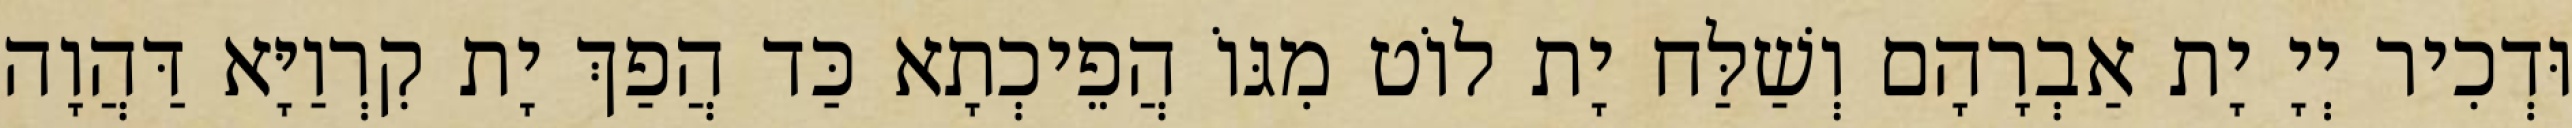
וּדְכִיר יְיָ יָת אַבְרָהָם וְשַׁלַּח יָת לוֹט מִגּוֹ הֲפֵיכְתָא כַּד הֲפַךְ יָת קִרְוַיָּא דַּהֲוָה